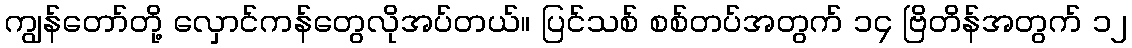
ကျွန်တော်တို့ လှောင်ကန်တွေလိုအပ်တယ်။ ပြင်သစ် စစ်တပ်အတွက် ၁၄ ဗြိတိန်အတွက် ၁၂